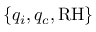
\{ q _ { i } , q _ { c } , \mathrm { R H } \}